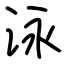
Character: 泳